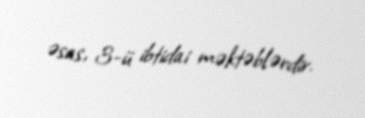
əsas, 3-ü ibtidai məktəblərdir.